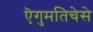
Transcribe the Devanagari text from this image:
ऎगुमतिचेसे